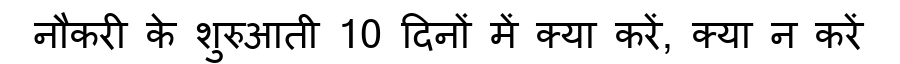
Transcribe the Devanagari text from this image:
नौकरी के शुरुआती 10 दिनों में क्या करें, क्या न करें